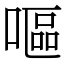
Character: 嘔